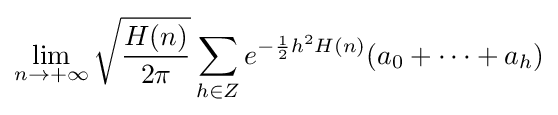
\lim _{n\rightarrow +\infty }{\sqrt {\frac {H(n)}{2\pi }}}\sum _{h\in Z}e^{-{\frac {1}{2}}h^{2}H(n)}(a_{0}+\cdots +a_{h})